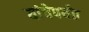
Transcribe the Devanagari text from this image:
यांचेपर्यंत